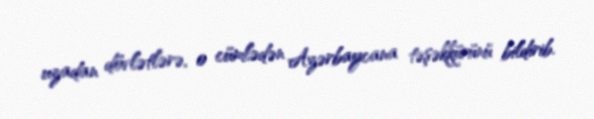
uzadan dövlətlərə, o cümlədən Azərbaycana təşəkkürünü bildirib.